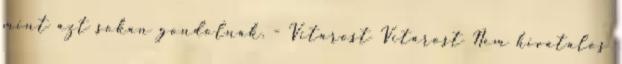
mint azt sokan gondolnák. - Vitarost Vitarost Nem hivatalos